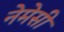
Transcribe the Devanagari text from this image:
नेमेसी